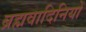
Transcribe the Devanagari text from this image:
ब्रह्मवादिनियों